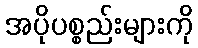
အပိုပစ္စည်းများကို